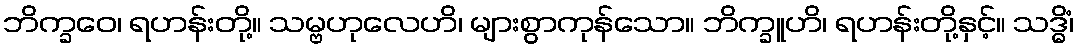
ဘိက္ခဝေ၊ ရဟန်းတို့။ သမ္ဗဟုလေဟိ၊ များစွာကုန်သော။ ဘိက္ခူဟိ၊ ရဟန်းတို့နှင့်။ သဒ္ဓိံ၊